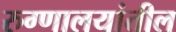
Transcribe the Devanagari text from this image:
रुग्णालयांतील